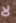
لا